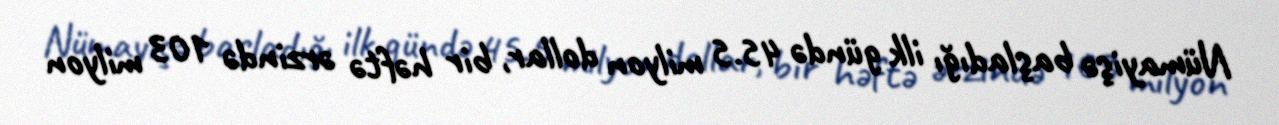
Nümayişə başladığı ilk gündə 45.5 milyon dollar, bir həftə ərzində 103 milyon